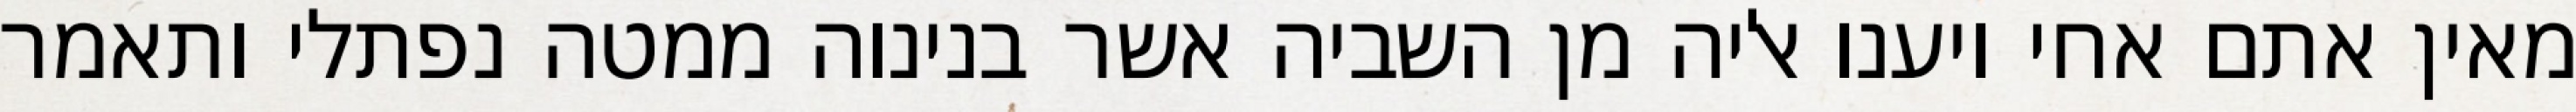
מאין אתם אחי ויענו אליה מן השביה אשר בנינוה ממטה נפתלי ותאמר